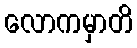
လောကမှာတိ